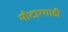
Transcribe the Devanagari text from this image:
मोटारगाडी